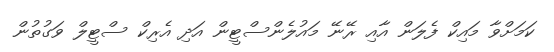
ކަމަށްވާ މައިކް ފެލަން އާއި ރޭނޭ މައުލެންސްޓީން އަދި އެރިކް ސްޓީލް ވަގުތުން